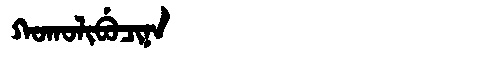
Manchu: ᡴᠣᡴᠣᠯᡳᠪᡠᠴᡳᠨᠠ
Romanization: KOKOLIBUCINA